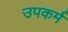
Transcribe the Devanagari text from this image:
उपकर्म